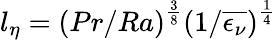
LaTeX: l_{\eta}=\left(Pr/Ra\right)^{\frac{3}{8}}\left(1/\overline{{\epsilon_{\nu}}}\right)^{\frac{1}{4}}